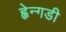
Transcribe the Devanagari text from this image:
ह्वेन्गडी